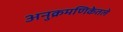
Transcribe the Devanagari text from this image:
अनुक्रमणिकेतले